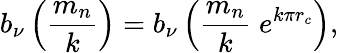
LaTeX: b_{\nu}\left(\frac{m_{n}}{k}\right)=b_{\nu}\left(\frac{m_{n}}{k}\; e^{k\pi r_{c}}\right),